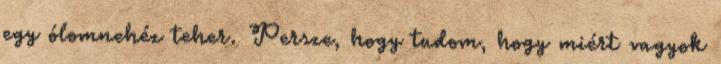
egy ólomnehéz teher. Persze, hogy tudom, hogy miért vagyok